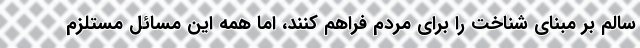
سالم بر مبنای شناخت را برای مردم فراهم کنند، اما همه این‌ مسائل مستلزم